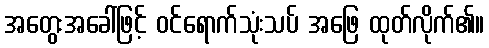
အတွေးအခေါ်ဖြင့် ဝင်ရောက်သုံးသပ် အဖြေ ထုတ်လိုက်၏။